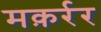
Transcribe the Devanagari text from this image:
मक़र्रर